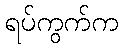
ရပ်ကွက်က